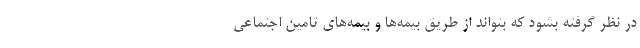
در نظر گرفته بشود که بتواند از طریق بیمه‌ها و بیمه‌های تامین اجتماعی